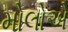
મોલોએ